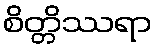
စိတ္တိဿရာ